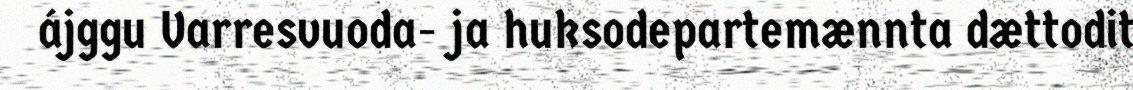
ájggu Varresvuoda- ja huksodepartemænnta dættodit